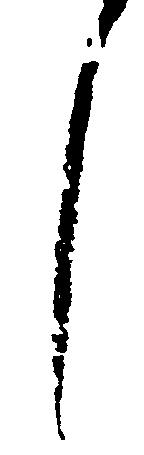
し